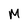
Character: M